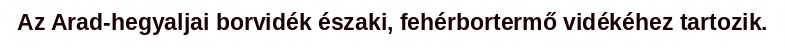
Az Arad-hegyaljai borvidék északi, fehérbortermő vidékéhez tartozik.